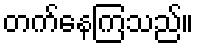
တက်နေကြသည်။